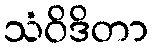
သံဝိဒိတာ